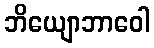
ဘိယျောဘာဝေါ